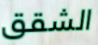
الشقق